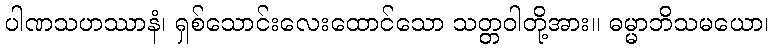
ပါဏသဟဿာနံ၊ ရှစ်သောင်းလေးထောင်သော သတ္တဝါတို့အား။ ဓမ္မာဘိသမယော၊